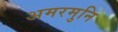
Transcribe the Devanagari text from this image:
अमरमुनि